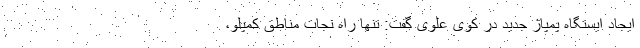
ایجاد ایستگاه پمپاژ جدید در کوی علوی گفت: تنها راه نجات مناطق کمپلو،